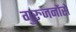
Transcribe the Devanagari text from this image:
गुरुजनोंसे